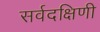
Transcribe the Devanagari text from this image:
सर्वदक्षिणी